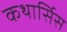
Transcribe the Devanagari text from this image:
कथार्सिस